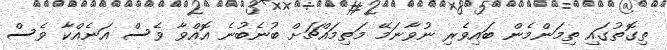
ތިގޮތުގައި ތިމަންމެން ބައިވެރި ނުވާނަމޭ މަތިމައްޗަށް ބުނެބުނެ އޮއްވާ ވެސް އަނެއްކާ ވެސް